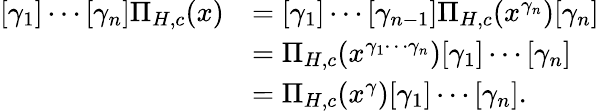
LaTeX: \begin{array}{rl}{[\gamma_{1}]\cdots[\gamma_{n}]\Pi_{H,c}(x)}&{=[\gamma_{1}]\cdots[\gamma_{n-1}]\Pi_{H,c}(x^{\gamma_{n}})[\gamma_{n}]}\\ &{=\Pi_{H,c}(x^{\gamma_{1}\cdots\gamma_{n}})[\gamma_{1}]\cdots[\gamma_{n}]}\\ &{=\Pi_{H,c}(x^{\gamma})[\gamma_{1}]\cdots[\gamma_{n}].}\end{array}